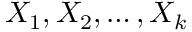
X _ { 1 } , X _ { 2 } , \dots , X _ { k }